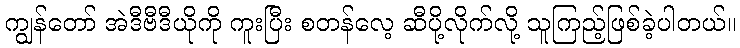
ကျွန်တော် အဲဒီဗီဒီယိုကို ကူးပြီး စတန်လေ့ ဆီပို့လိုက်လို့ သူကြည့်ဖြစ်ခဲ့ပါတယ်။